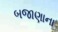
બજાણાના